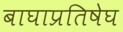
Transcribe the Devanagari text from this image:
बाघाप्रतिषेघ